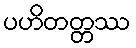
ပဟိတတ္တဿ